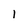
Character: l